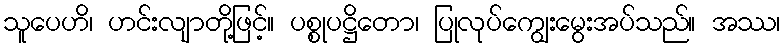
သူပေဟိ၊ ဟင်းလျာတို့ဖြင့်။ ပစ္စုပဋ္ဌိတော၊ ပြုလုပ်ကျွေးမွေးအပ်သည်။ အဿ၊